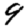
Digit: 9